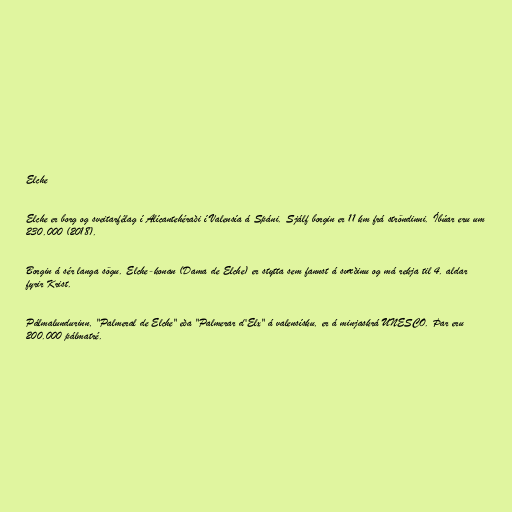
Elche

Elche er borg og sveitarfélag í Alícantehéraði í Valensía á Spáni. Sjálf borgin er 11 km frá ströndinni. Íbúar eru um
230.000 (2018).

Borgin á sér langa sögu. Elche-konan (Dama de Elche) er stytta sem fannst á svæðinu og má rekja til 4. aldar
fyrir Krist.

Pálmalundurinn, "Palmeral de Elche" eða "Palmerar d'Elx" á valensísku, er á minjaskrá UNESCO. Þar eru
200.000 pálmatré.